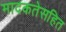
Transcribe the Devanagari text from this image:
मादकतेसहित